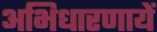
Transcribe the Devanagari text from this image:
अभिधारणायें